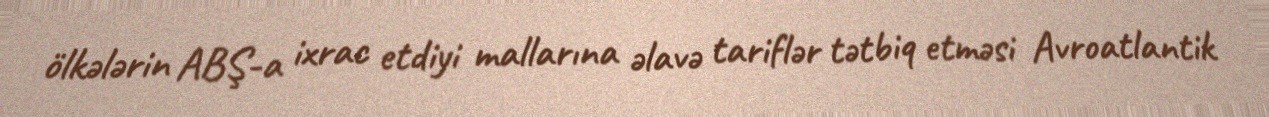
ölkələrin ABŞ-a ixrac etdiyi mallarına əlavə tariflər tətbiq etməsi Avroatlantik